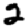
Digit: 2